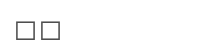
٨٨